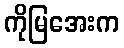
ကိုမြအေးက